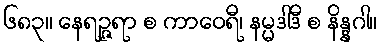
၆၈၃။ နေရဉ္ဇရာ စ ကာဝေရီ၊ နမ္မဒါဒီ စ နိန္နဂါ။